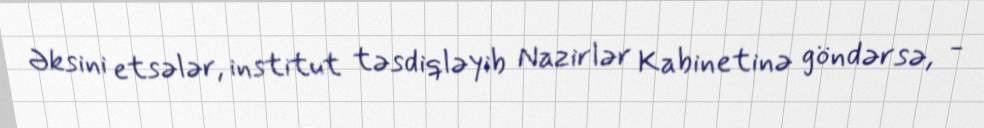
Əksini etsələr, institut təsdiqləyib Nazirlər Kabinetinə göndərsə, -